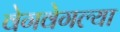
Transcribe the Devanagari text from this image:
वेगवेगल्या